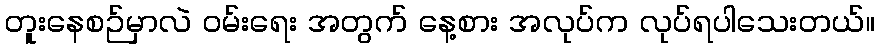
တူးနေစဉ်မှာလဲ ဝမ်းရေး အတွက် နေ့စား အလုပ်က လုပ်ရပါသေးတယ်။